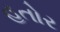
હતોર